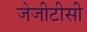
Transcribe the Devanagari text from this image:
जेजीटीसी